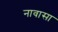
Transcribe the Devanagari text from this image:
नावासा